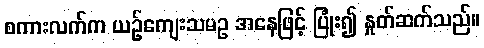
စကားလက်က ယဉ်ကျေးသမဥ အနေဖြင့် ပြုံး၍ နှုတ်ဆက်သည်။